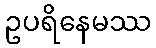
ဥပရိနေမဿ